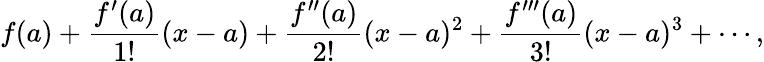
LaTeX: f(a)+{\frac{f^{\prime}(a)}{1!}}(x-a)+{\frac{f^{\prime\prime}(a)}{2!}}(x-a)^{2}+{\frac{f^{\prime\prime\prime}(a)}{3!}}(x-a)^{3}+\cdots,